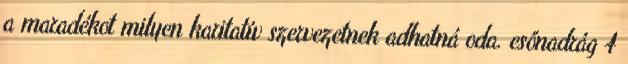
a maradékot milyen karitatív szervezetnek adhatná oda. esőnadrág 4